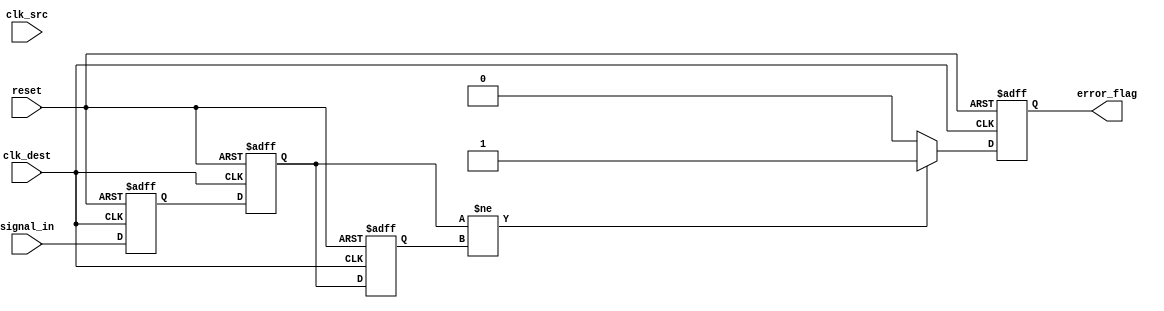
module cdc_detector (
    input wire clk_src,        // Source clock domain
    input wire clk_dest,       // Destination clock domain
    input wire reset,          // Reset signal
    input wire signal_in,      // Input signal to be monitored
    output reg error_flag      // Error flag output
);

    // Stage 1: Synchronizer registers
    reg sync_ff1;
    reg sync_ff2;

    // Stage 1: State register for detecting edges
    reg signal_prev;

    // Synchronous process for the destination clock domain
    always @(posedge clk_dest or posedge reset) begin
        if (reset) begin
            sync_ff1 <= 1'b0;
            sync_ff2 <= 1'b0;
            error_flag <= 1'b0;
            signal_prev <= 1'b0;
        end else begin
            // Sample the input signal from the source domain
            sync_ff1 <= signal_in;
            sync_ff2 <= sync_ff1;

            // Edge detection: Check for transitions
            if (sync_ff2 != signal_prev) begin
                error_flag <= 1'b1; // Transition detected
            end else begin
                error_flag <= 1'b0; // No transition
            end

            // Update previous signal state
            signal_prev <= sync_ff2;
        end
    end

endmodule